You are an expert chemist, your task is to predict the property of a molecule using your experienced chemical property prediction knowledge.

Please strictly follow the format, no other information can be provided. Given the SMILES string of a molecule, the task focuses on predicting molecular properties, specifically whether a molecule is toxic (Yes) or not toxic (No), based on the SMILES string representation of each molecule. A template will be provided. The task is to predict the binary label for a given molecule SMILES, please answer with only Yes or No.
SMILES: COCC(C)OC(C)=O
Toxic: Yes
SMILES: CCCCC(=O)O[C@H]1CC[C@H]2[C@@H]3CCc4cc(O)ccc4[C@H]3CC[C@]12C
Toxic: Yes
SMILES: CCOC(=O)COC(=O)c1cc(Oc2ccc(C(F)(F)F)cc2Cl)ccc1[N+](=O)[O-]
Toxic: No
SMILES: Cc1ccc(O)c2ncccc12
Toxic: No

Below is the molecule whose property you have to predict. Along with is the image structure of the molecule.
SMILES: N#C/N=C1\SCCN1Cc1ccc(Cl)nc1
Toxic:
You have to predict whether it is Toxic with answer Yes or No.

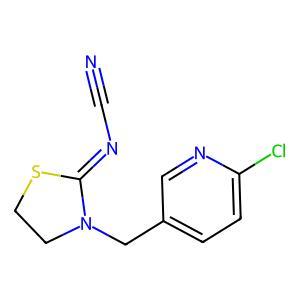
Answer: No